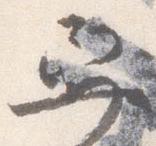
舁